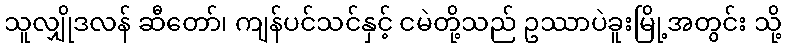
သူလျှိုဒလန် ဆီတော်၊ ကျန်ပင်သင်နှင့် ငမဲတို့သည် ဥဿာပဲခူးမြို့အတွင်း သို့